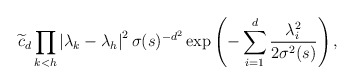
\begin{align*}\widetilde{c}_{d}\prod_{k<h}\left\vert \lambda_{k}-\lambda_{h}\right\vert^{2}\sigma(s)^{-d^{2}}\exp\left( -\sum_{i=1}^{d}\frac{\lambda_{i}^{2}}{2\sigma^{2}(s)}\right) , \end{align*}